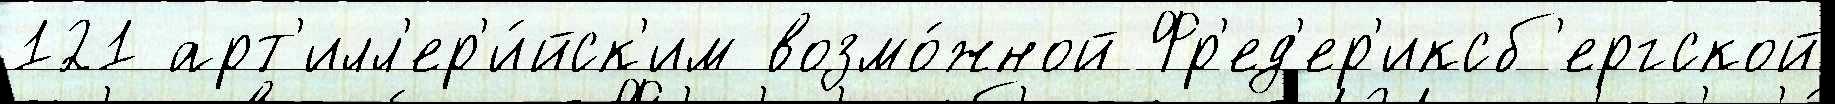
121 арт'илл'ер'и́йск'им возмо́жной Фр'ед'ер'иксб'ергской